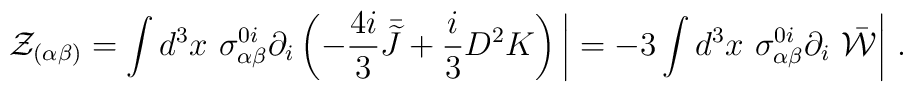
{\mathcal Z}_{(\alpha\beta)}=\int d^3x\ \sigma^{0i}_{\alpha\beta}\partial_i\left(-\frac{4i}{3}{\kern .35em\bar{\kern -.35em{\widetilde J}}}+\frac{i}{3}D^2K\right)\displaystyle{\biggl\vert}=-3\int d^3x\ \sigma^{0i}_{\alpha\beta}\partial_i\ {\bar\mathcal W}\displaystyle{\biggl\vert}\ .